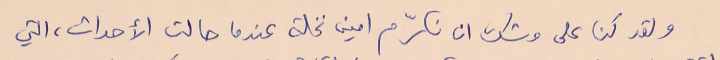
ولقد كنا على وشك ان نكرّم امين نخلة عندما حالت الأحداث، التي